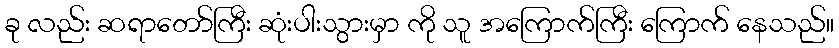
ခု လည်း ဆရာတော်ကြီး ဆုံးပါးသွားမှာ ကို သူ အကြောက်ကြီး ကြောက် နေသည်။